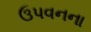
ઉપવનના